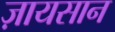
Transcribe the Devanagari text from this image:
ज़ायसान